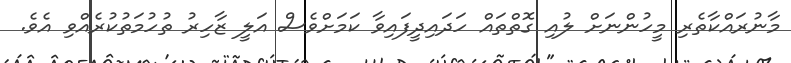
މާނުރައްކާތެރި މީހުންނަށް ލުއި ގޮތްތައް ހަދައިދީފައިވާ ކަމަށްވެސް އަލީ ޒާހިރު ތުހުމަތުކުރެއްވި އެވެ.